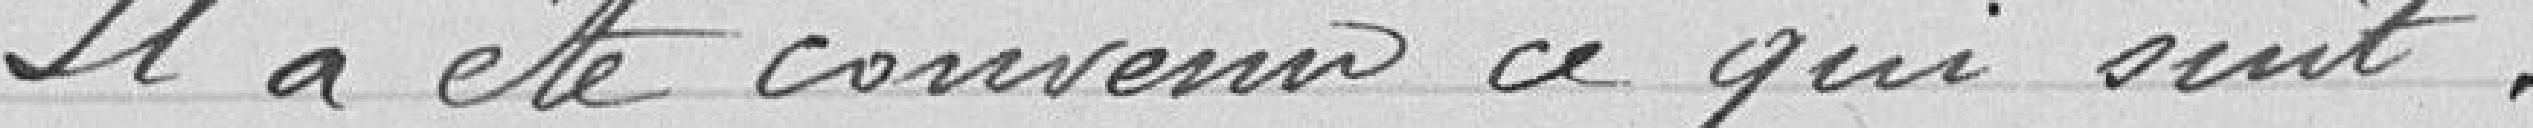
Il a été convenu ce qui suit :